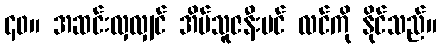
၄၀။ အဆင်းလှလျှင် အိမ်သူဇနီးပင် လင်ကို နိုင်သည်။